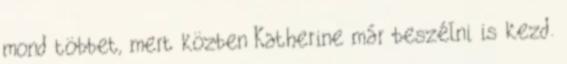
mond többet, mert közben Katherine már beszélni is kezd.